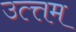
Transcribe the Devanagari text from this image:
उत्त्तम